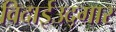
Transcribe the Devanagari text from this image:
विदाईउद्गार